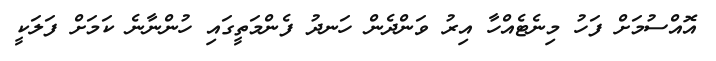
އޮއްސުމަށް ފަހު މިނެޓެއްހާ އިރު ވަންދެން ހަނދު ފެންމަތީގައި ހުންނާނެ ކަމަށް ފަލަކީ